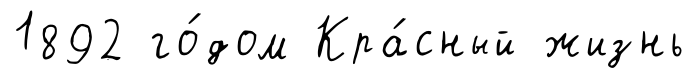
1892 го́дом Кра́сный жизнь